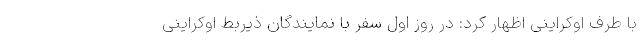
با طرف اوکراینی اظهار کرد: در روز اول سفر با نمایندگان ذیربط اوکراینی